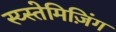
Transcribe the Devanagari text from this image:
स्य्स्तेमिज़िंग